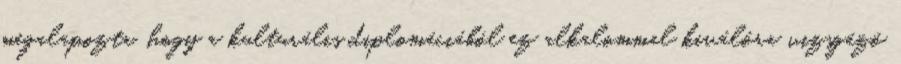
megalapozta, hogy a kulturális diplomáciából ez alkalommal kiválóra vizsgázó